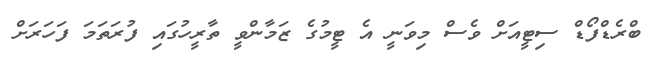
ބްރެޑްފޯޑް ސިޓީއަށް ވެސް މިވަނީ އެ ޓީމުގެ ޒަމާންވީ ތާރީހުގައި ފުރަތަމަ ފަހަރަށް